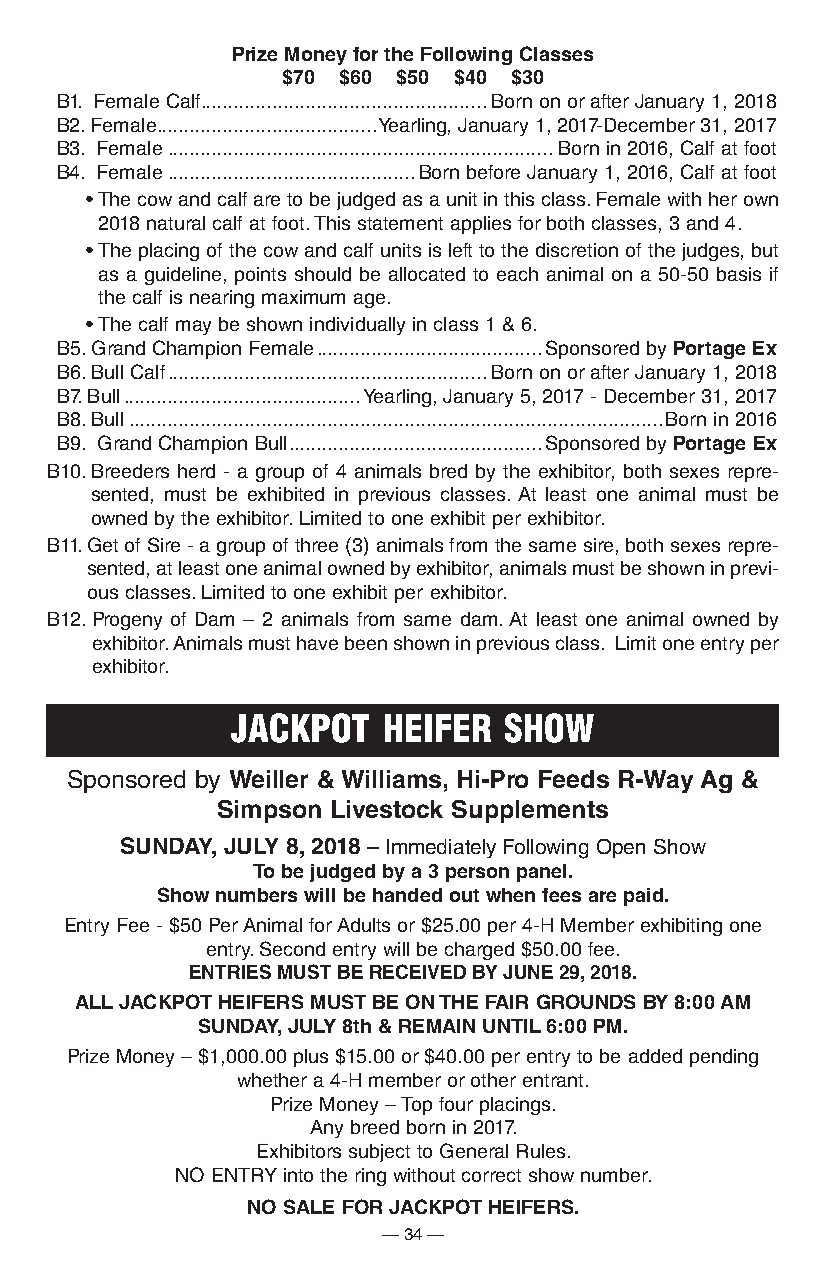
prize Money for the Following classes
 $70 $60 $50 $40 $30
 B1. Female Calf ....................................................Born on or after January 1, 2018
 B2. Female ........................................Yearling, January 1, 2017-December 31, 2017
 B3. Female ......................................................................Born in 2016, Calf at foot
 B4. Female .............................................Born before January 1, 2016, Calf at foot
 • The cow and calf are to be judged as a unit in this class. Female with her own
 2018 natural calf at foot. This statement applies for both classes, 3 and 4.
 • The placing of the cow and calf units is left to the discretion of the judges, but
 as a guideline, points should be allocated to each animal on a 50-50 basis if
 the calf is nearing maximum age.
 • The calf may be shown individually in class 1 & 6.
 B5. Grand Champion Female .........................................Sponsored by portage ex
 B6. Bull Calf ..........................................................Born on or after January 1, 2018
 B7. Bull ...........................................Yearling, January 5, 2017 - December 31, 2017
 B8. Bull .................................................................................................Born in 2016
 B9. Grand Champion Bull ..............................................Sponsored by portage ex
 B10. Breeders herd - a group of 4 animals bred by the exhibitor, both sexes repre-
 sented, must be exhibited in previous classes. At least one animal must be
 owned by the exhibitor. Limited to one exhibit per exhibitor.
 B11. Get of Sire - a group of three (3) animals from the same sire, both sexes repre-
 sented, at least one animal owned by exhibitor, animals must be shown in previ-
 ous classes. Limited to one exhibit per exhibitor.
 B12. Progeny of Dam – 2 animals from same dam. At least one animal owned by
 exhibitor. Animals must have been shown in previous class. Limit one entry per
 exhibitor.
 JACkPot   heiFeR  show
 Sponsored by Weiller & Williams, hi-pro Feeds r-Way ag &
 Simpson livestock Supplements
 SUnDay, JUly 8, 2018 – Immediately Following Open Show
 to be judged by a 3 person panel.
 Show numbers will be handed out when fees are paid.
 Entry Fee - $50 Per Animal for Adults or $25.00 per 4-H Member exhibiting one
 entry. Second entry will be charged $50.00 fee.
 entrieS MUSt Be receiveD By JUne 29, 2018.
 all JacKpot heiFerS MUSt Be on the Fair GroUnDS By 8:00 aM
 SUnDay, JUly 8th & reMain Until 6:00 pM.
 Prize Money – $1,000.00 plus $15.00 or $40.00 per entry to be added pending
 whether a 4-H member or other entrant.
 Prize Money – Top four placings.
 Any breed born in 2017.
 Exhibitors subject to General Rules.
 NO ENTRY into the ring without correct show number.
 no Sale For JacKpot heiFerS.
 — 34 —